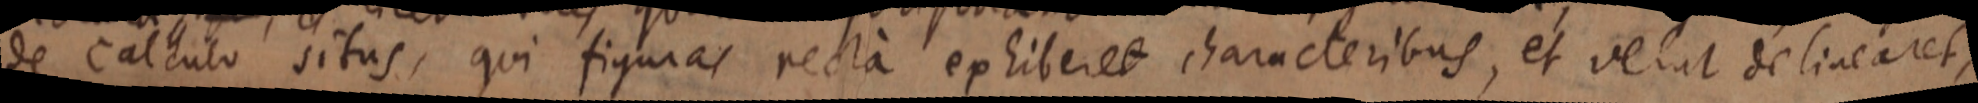
de calculo situs, qui figuras recta exhiberet characteribus, et velut delinearet,